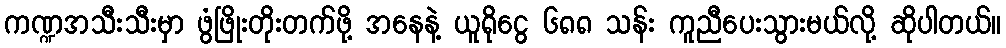
ကဏ္ဍအသီးသီးမှာ ဖွံဖြိုးတိုးတက်ဖို့ အနေနဲ့ ယူရိုငွေ ၆၈၈ သန်း ကူညီပေးသွားမယ်လို့ ဆိုပါတယ်။